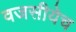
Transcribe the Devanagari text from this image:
वजसीयेच